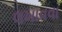
લખાવવા